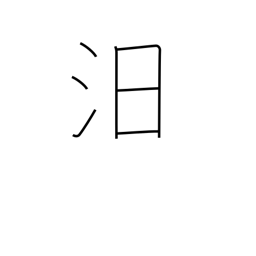
Meaning: to sink